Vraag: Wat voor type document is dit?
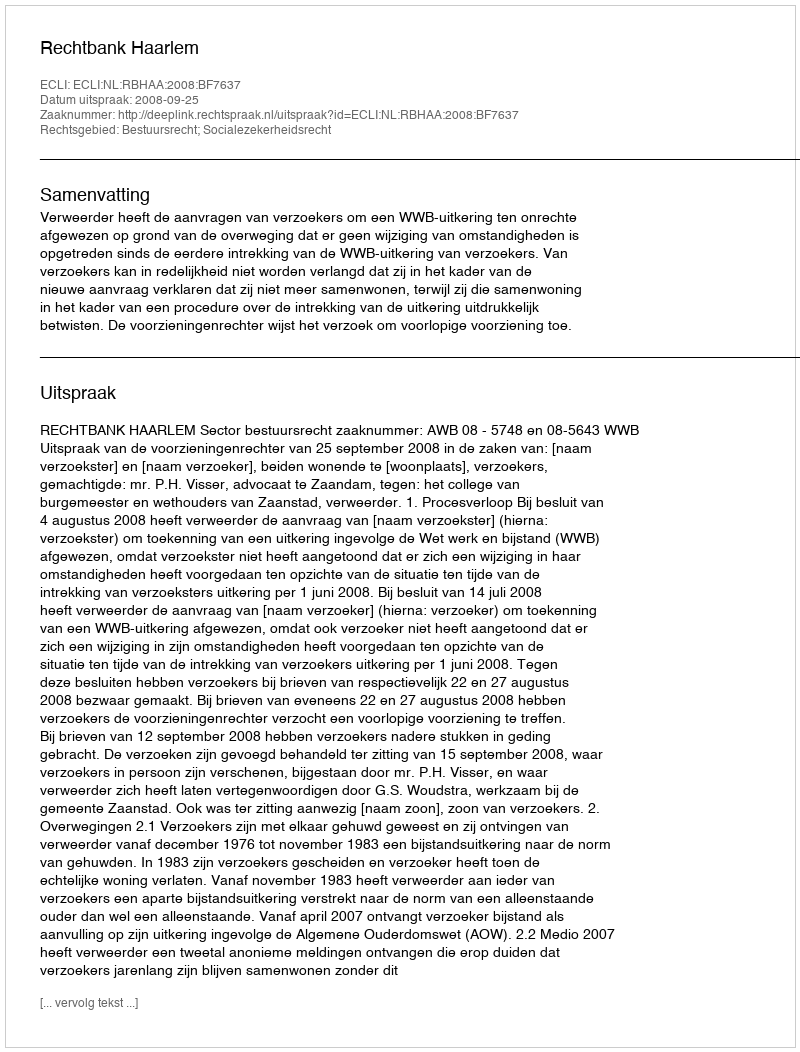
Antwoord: Uitspraak